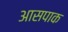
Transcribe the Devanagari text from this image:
आसपाक